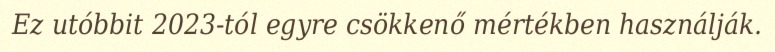
Ez utóbbit 2023-tól egyre csökkenő mértékben használják.